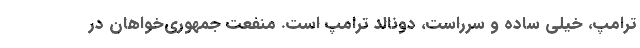
ترامپ، خیلی ساده و سرراست، دونالد ترامپ است. منفعت جمهوری‌خواهان در